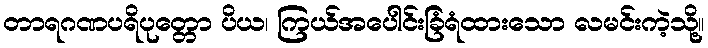
တာရဂဏပရိပုတ္တော ပိယ၊ ကြယ်အပေါင်းခြံရံထားသော လမင်းကဲ့သို့။